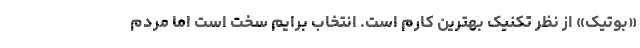
«بوتیک» از نظر تکنیک بهترین کارم است. انتخاب برایم سخت است اما مردم